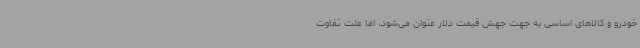
خودرو و کالاهای اساسی به جهت جهش قیمت دلار عنوان می‌شود، اما علت تفاوت